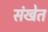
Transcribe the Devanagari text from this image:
संखेत